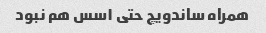
همراه ساندویچ حتی ١سس هم نبود